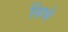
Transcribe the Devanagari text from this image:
सिधे